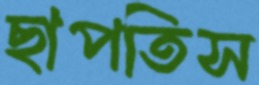
ছাপতিস